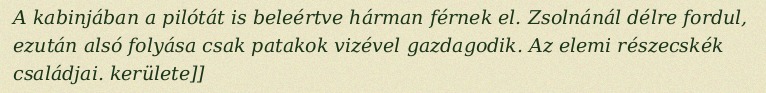
A kabinjában a pilótát is beleértve hárman férnek el. Zsolnánál délre fordul, ezután alsó folyása csak patakok vizével gazdagodik. Az elemi részecskék családjai. kerülete]]